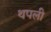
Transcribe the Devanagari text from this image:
थपली